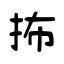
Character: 抪